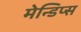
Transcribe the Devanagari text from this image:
मेन्डिप्स